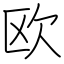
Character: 欧